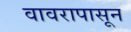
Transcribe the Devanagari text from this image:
वावरापासून